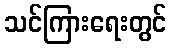
သင်ကြားရေးတွင်